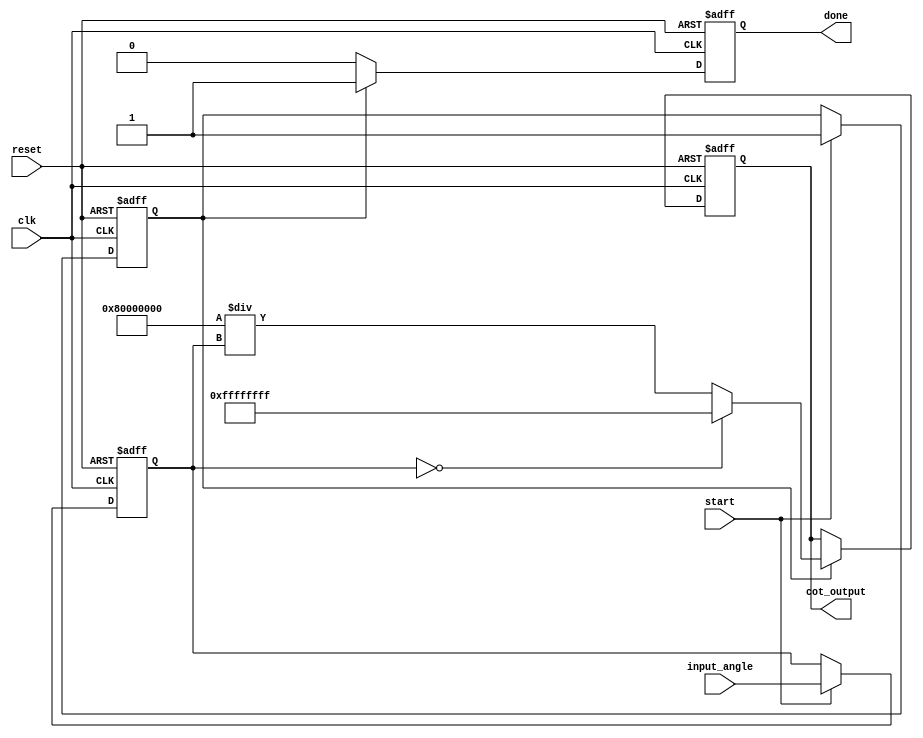
module CotangentBlock(
    input wire [31:0] input_angle, // Input angle in radians (32-bit floating point)
    output reg [31:0] cot_output,   // Cotangent output (32-bit floating point)
    input wire clk,
    input wire reset,
    input wire start,
    output reg done
);

// Internal signals
reg [31:0] tan_output;
reg valid_tan;

// Tangent calculation (using a simple approximation or lookup table)
// In practice, you'd replace this with a more robust tangent calculation
always @(posedge clk or posedge reset) begin
    if (reset) begin
        tan_output <= 32'b0;
        valid_tan <= 1'b0;
    end else if (start) begin
        // Example tangent calculation placeholder
        // This should be replaced with an actual implementation
        tan_output <= input_angle; // Placeholder: replace with actual tan calculation
        valid_tan <= 1'b1;
    end
end

// Reciprocal calculation logic
always @(posedge clk or posedge reset) begin
    if (reset) begin
        cot_output <= 32'b0;
        done <= 1'b0;
    end else if (valid_tan) begin
        if (tan_output == 32'b0) begin
            // Handle case where tangent is zero (cotangent undefined)
            cot_output <= 32'hFFFFFFFF; // Example to signal undefined result (could be NaN)
        end else begin
            // Perform reciprocal calculation (simple division)
            cot_output <= 32'b10000000000000000000000000000000 / tan_output;
        end
        done <= 1'b1; // Operation completed
    end else begin
        done <= 1'b0; // Not yet completed
    end
end

endmodule